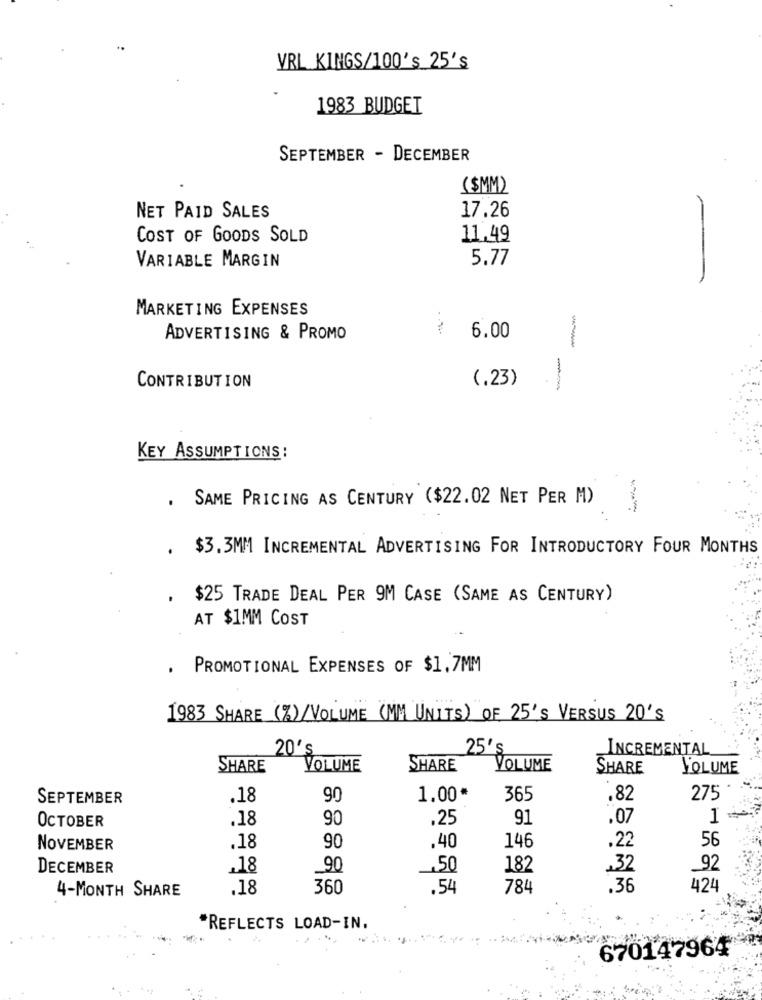
VRL KINGS/100's_25's
1983 BUDGET
SEPTEMBER - DECEMBER
($MM)
NET PAID SALES
17.26
-
COST OF GOODS SOLD
11.49
VARIABLE MARGIN
5.77
MARKETING EXPENSES
ADVERTISING & PROMO
6.00
CONTRIBUTION
(.23)
---
KEY ASSUMPTIONS :
SAME PRICING AS CENTURY ($22.02 NET PER M)
.
$3.3MM INCREMENTAL ADVERTISING FOR INTRODUCTORY FOUR MONTHS
. $25 TRADE DEAL PER 9M CASE (SAME AS CENTURY)
AT $1MM COST
PROMOTIONAL EXPENSES OF $1.7MM
1983 SHARE (%) /VOLUME (MM UNITS) OF 25'S VERSUS 20's
20's
25'S
INCREMENTAL
SHARE
VOLUME
SHARE
VOLUME
SHARE
VOLUME
SEPTEMBER
.18
90
1.00*
365
.82
275
.18
90
.25
91
.07
1 +
OCTOBER
90
146
.22
56
NOVEMBER
.18
.40
DECEMBER
.18
_90
,50
182
.32
_92
4-MONTH SHARE
.18
360
.54
784
.36
424
*REFLECTS LOAD-IN.
670147964